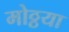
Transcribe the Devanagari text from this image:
मोठ्ठया